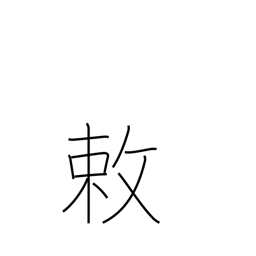
Meaning: an imperial order or decree